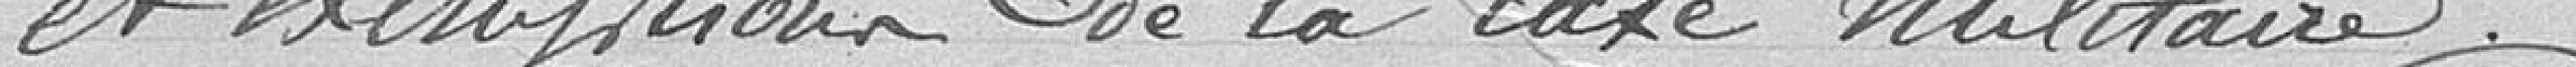
et exemption de la taxe militaire